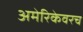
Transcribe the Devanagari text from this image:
अमेरिकेवरच